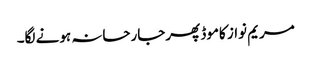
مریم نواز کاموڈ پھرجارحانہ ہونے لگا۔